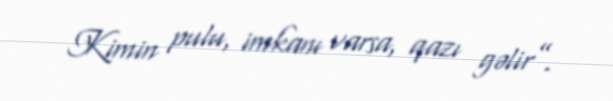
Kimin pulu, imkanı varsa, qazı gəlir”.